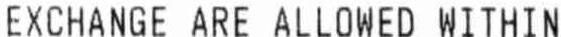
EXCHANGE ARE ALLOWED WITHIN